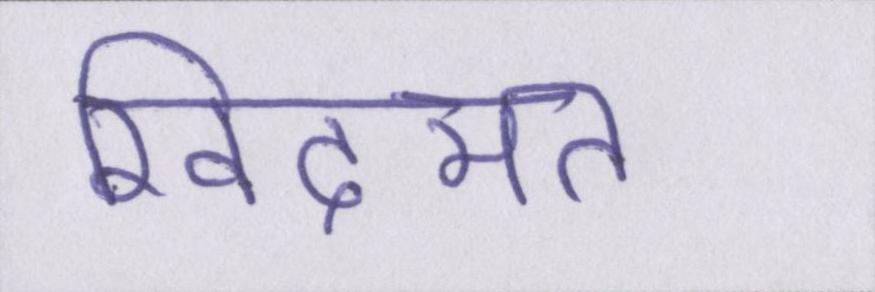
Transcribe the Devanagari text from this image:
खिदमत